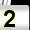
Digit: 2